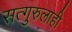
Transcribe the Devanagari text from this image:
सत्गुरुलाही